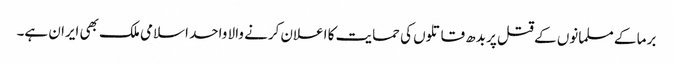
برما کے مسلمانوں کے قتل پر بدھ قاتلوں کی حمایت کا اعلان کرنے والا واحد اسلامی ملک بھی ایران ہے۔